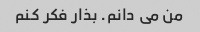
من می دانم. بذار فکر کنم